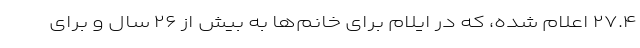
۲۷.۴ اعلام شده، که در ایلام برای خانم‌ها به بیش از ۲۶ سال و برای